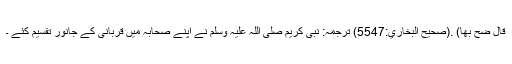
قال ضَحِّ بها) .(صحيح البخاري:5547) ترجمہ: نبی کریم صلی اللہ علیہ وسلم نے اپنے صحابہ میں قربانی کے جانور تقسیم کئے ۔